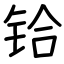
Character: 铪